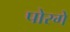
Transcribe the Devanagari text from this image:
पोरगे